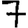
Digit: 7